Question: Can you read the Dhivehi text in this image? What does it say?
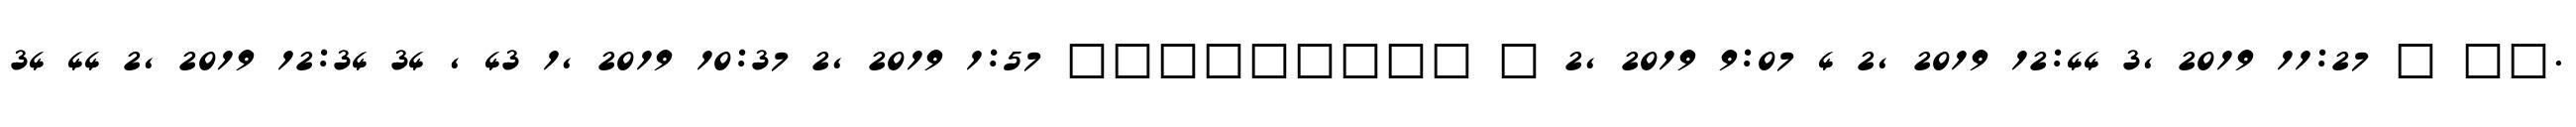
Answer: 34 44 2, 2019 12:34 34 , 43 1, 2019 10:37 2, 2019 1:57 ????????? ? 2, 2019 9:07 4 2, 2019 12:44 3, 2019 11:27 ? ??.